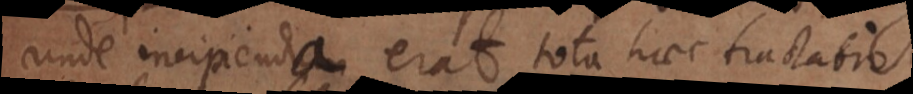
unde incipienda erat tota haec tractatio.